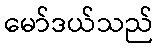
မော်ဒယ်သည်